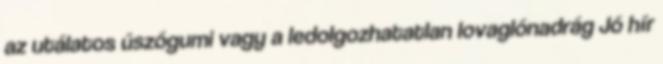
az utálatos úszógumi vagy a ledolgozhatatlan lovaglónadrág Jó hír